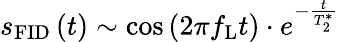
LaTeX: s_{\mathrm{FID}}\left(t\right)\sim\cos\left(2\pi f_{\mathrm{L}}t\right)\cdot e^{-\frac{t}{T_{2}^{*}}}